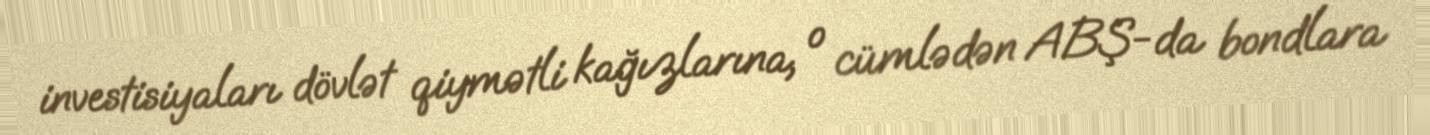
investisiyaları dövlət qiymətli kağızlarına, o cümlədən ABŞ-da bondlara